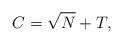
LaTeX: \begin{align*}C = \sqrt{N} + T,\end{align*}